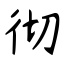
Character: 彻